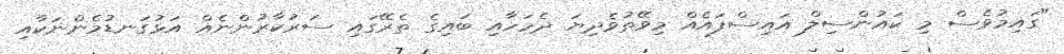
"ގައިމުވެސް މި ކައުންސިލް އައިސްފައެއް މިވޭތުވެދިޔަ ދެމަހާއި ބައިގެ ތެރޭގައި ސަރުކާރުންނެއް އަޅުގަނޑުމެންނަކާއި